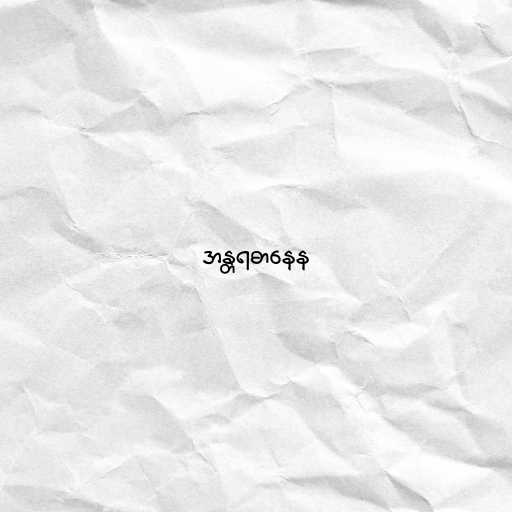
အန္တရဓာနေန